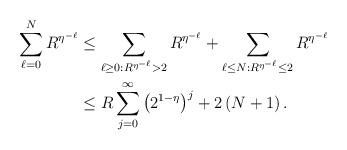
LaTeX: \begin{align*}\sum_{\ell=0}^{N}R^{\eta^{-\ell}} & \leq\sum_{\ell\geq0:R^{\eta^{-\ell}}>2}R^{\eta^{-\ell}}+\sum_{\ell\leq N:R^{\eta^{-\ell}}\leq2}R^{\eta^{-\ell}}\\& \leq R\sum_{j=0}^{\infty}\left( 2^{1-\eta}\right) ^{j}+2\left(N+1\right) .\end{align*}